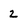
Character: z